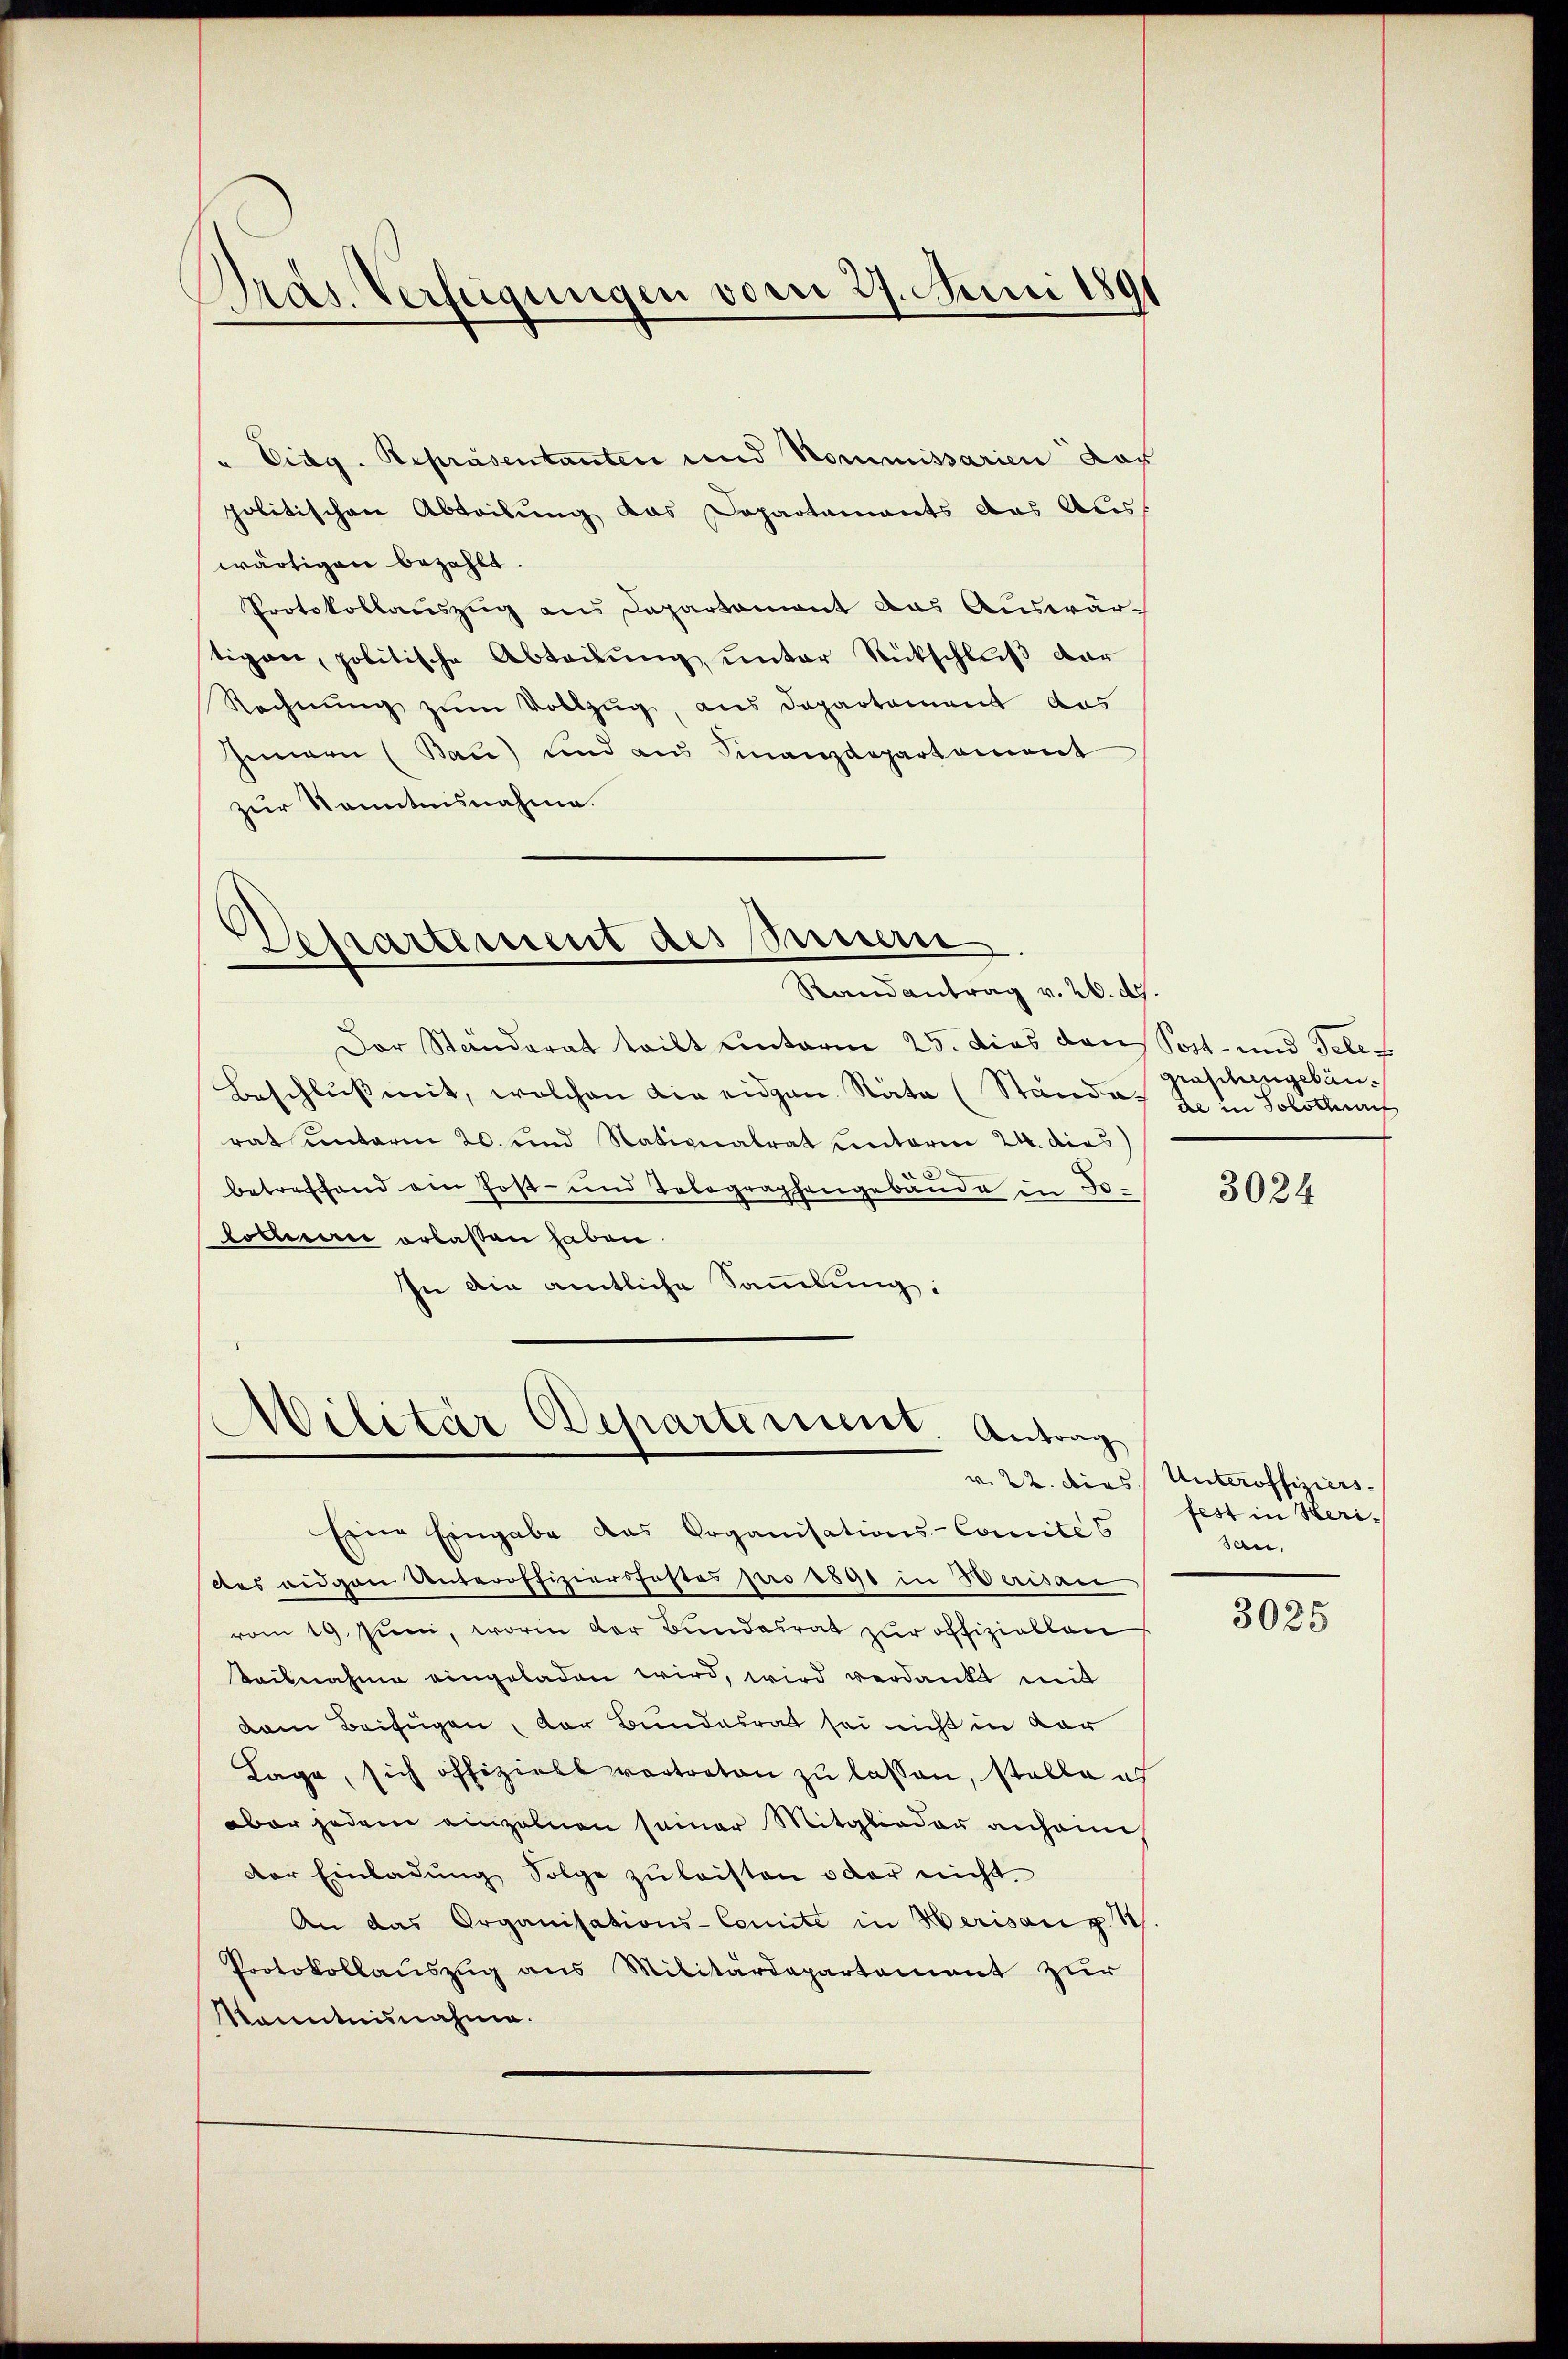
Pras. Verfügungen vom 27. Juni 1891

" Eidg. Repräsentanten und Nommissarien dar
politischen Abteilung das Departements das Aus
wärtigen bezahlt.
Protokollauszug aus Departament das Auswärtigen, politische Abteilŭng unter Ritschluß dar
Rechnung zum Vollzug, aus Departement das
hinnern (Bau) und aus Finanzdepartement
zur Kenntnisnahme.

Apartement des Sinnern.
Randantrag v. 26. d.

Der Ständerat teilt unterm 25. dies dans Sost- und Tele
Beschluss mit, welchen die eidgen. Räte (Standes L. in Solothu
rat unterm 20. und Nationalrat unterm 24. dies
betreffend ein Post- und Telegraphengebäude in Jo¬
Coblerei erlassen haben.
In die amtliche Sammlung:

Militär Departement. Antrag

Eine Eingabe das Organisations-Comités
dtes eidgan Unteroffiziersfestes pro 1890 in Werisau
vom 19. Juni, worin der Bundesrat zur offiziellen
Teilnahme eingeladen wird, wird verdankt mit
dem Beifügen, der Bundesrat sei nicht in dar
Lage, sich offiziell vertreten zu lassen, stelle ich
aber jedem einzelnen seiner Mitglieder anhain
der Einladŭng Folge zŭ leisten oder nicht.
An das Organisations-Comite in Herisan p. 1
Protokollauszug aus Militärdepartement zur
Kenntnisnahme.

graschengebäu¬

3024

v. 22. Dies Unteroffiziers.
fest in Herisau,

3025